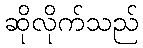
ဆိုလိုက်သည်